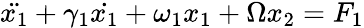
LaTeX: \ddot{x_{1}}+\gamma_{1}\dot{x_{1}}+\omega_{1}x_{1}+\Omega x_{2}=F_{1}